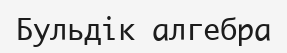
Бульдік алгебра